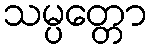
သမ္ပတ္တော